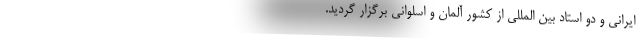
ایرانی و دو استاد بین المللی از کشور آلمان و اسلوانی برگزار گردید.